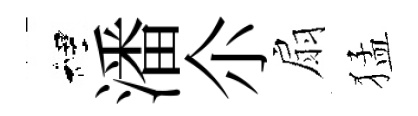
裡潘尒扇猛